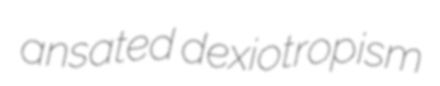
ansated dexiotropism